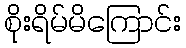
စိုးရိမ်မိကြောင်း